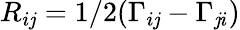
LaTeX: R_{i\mathit{j}}=1/2(\Gamma_{i\mathit{j}}-\Gamma_{\mathit{j}i})